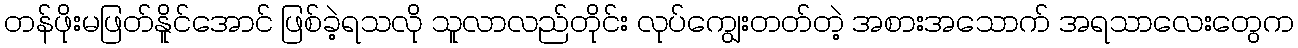
တန်ဖိုးမဖြတ်နိူင်အောင် ဖြစ်ခဲ့ရသလို သူလာလည်တိုင်း လုပ်ကျွေးတတ်တဲ့ အစားအသောက် အရသာလေးတွေက